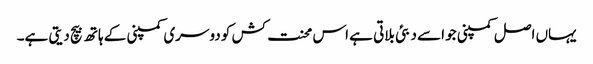
یہاں اصل کمپنی جو اسے دبئی بلاتی ہے اس محنت کش کو دوسری کمپنی کے ہاتھ بیچ دیتی ہے۔